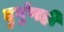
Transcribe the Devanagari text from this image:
दुर्गुणही